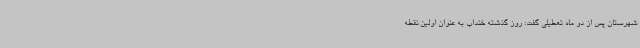
شهرستان پس از دو ماه تعطیلی گفت: روز گذشته خنداب به عنوان اولین نقطه